Vaccination in Bombay 1889-1901 - 1889-1901
Year: 1889
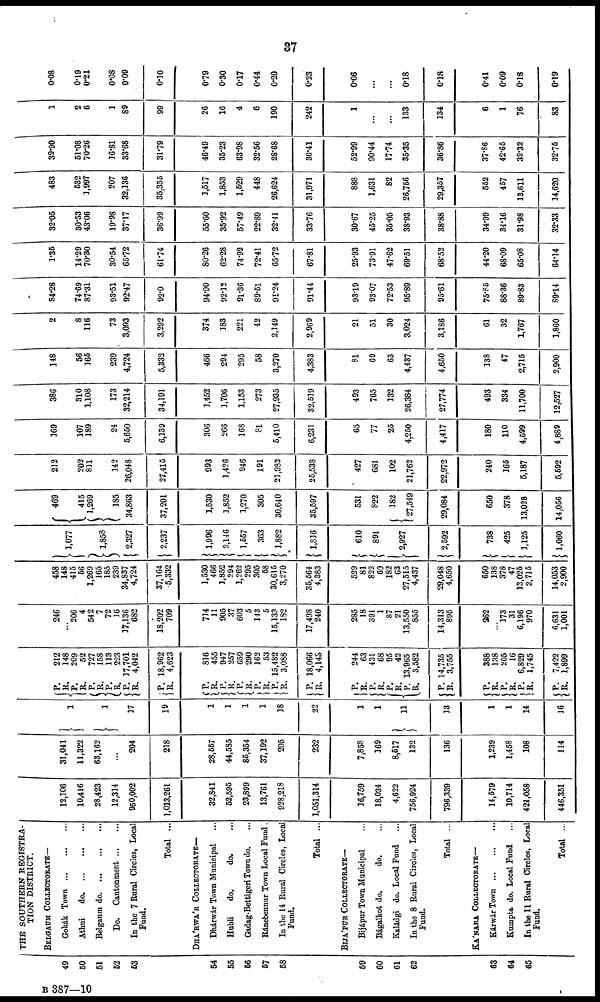
37
49
50
51
62
53
54
55
56
57
58
59
60
61
62
63
64
65
THE SOUTHERN REGISTRA-
TION DISTRICT.
BELGAUM COLLECTORATE—
Gokák Town
...
...
...
Athni
do. ... ... ...
Belgaum
do.
...
...
...
Do. Cantonment ... ...
In the 7 Rural Circles, Local
Fund.
Total ...
DHÁRWÁR COLLECTORATE—
Dhárwár Town Municipal ...
Hubli
do.
do.
Gadag-Bettigeri Town do. ...
Ránebennur Town Local Fund.
In the 14 Rural Circles, Local
Fund.
Total ...
BIJÁPUR COLLECTORATE—
Bijápur Town Municipal ...
Bágalkot do.
do. ...
Kaládgi do. Local Fund ...
In the 8 Rural Circles, Local
Fund.
Total ...
KÁNARÁ COLLECTORATE—
Kárwár Town
...
...
...
Kumpta do. Local Fund ...
In the 11 Rural Circles, Local
Fund.
Total ...
12,106
10,416
28,423
12,314
950,002
1,013,261
32,841
52,595
23,899
13,761
928,218
1,051,314
16,759
18,034
4,622
756,924
796,339
14,579
10,714
421,058
446,351
31,041
11,322
63,162
...
204
218
28,557
44,585
85,354
37,192
205
232
7,858
169
8,517
132
136
1,239
1,458
108
114
1
1
17
19
1
1
1
1
18
22
1
1
11
13
1
1
14
16
P.
R.
P. R.
P.
R.
P.
R. P.
R.
P.
R.
P.
R.
P. R.
P.
R. P.
R. P.
R.
P.
R.
P.
R.
P.
R.
P. R.
P.
R.
P.
R.
P.
R.
P.
R.
P.
R.
P.
R.
212
148
209
52
727
158
113
223
17,701
4,042
18,962
4,623
816
455
947
257
659
290
162
53
15,482
3,088
18,066
4,143
244
63
431
68
95
42
13,965
3,582
14,735
3,755
388
138
205
16
6,829
1,745
7,422
1,899
246
...
206
4
542
7
72
16
17,136
682
18,202
709
714
11
905
37
603
5
143
5
15,133
182
17,498
240
285
18
391
1
87
21
13,550
855
14,313
895
362
...
173
31
6,196
970
6,631
1,001
458
148
415
56
1,269
165
185
239
34,837
4,724
37,164
5,332
1,530
466
1,852
294
1,262
295
305
58
30,615
3,270
35,564
4,383
529
81
822
69
182
63
27,515
4,437
29,048
4,650
650
138
378
47
13,025
2,715
14,053
2,900
1,077
1,858
2,327
2,237
1,996
2,146
1,557
363
1,882
1,816
610
891
2,927
2,592
738
425
1,125
1,060
469
415
1,269
185
34,863
37,201
1,530
1,852
1,270
305
30,640
35,597
531
822
182
27,549
29,084
650
378
13,028
14,056
212
202
811
342
26,048
27,415
993
1,426
946
191
21,982
25,538
427
681
102
21,762
22,972
240
165
5,187
5,592
169
107
189
24
5,650
6,139
306
266
168
81
5,410
6,231
65
77
25
4,250
4,417
180
110
4,599
4,889
386
310
1,108
173
32,214
34,191
1,452
3,706
1,153
273
27,935
32,539
493
765
132
26,384
27,774
493
334
11,700
12,527
148
56
165
239
4,724
5,332
466
294
295
58
3,270
4,383
81
69
63
4,437
4,650
138
47
2,715
2,900
2
8
116
73
3,093
3,292
374
183
221
42
2,349
2,969
21
51
30
3,024
3,186
61
32
1,767
1,860
84.28
74.69
87.31
93.51
92.47
92.0
94.90
92.12
91.36
89.51
91.24
91.44
93.19
93.07
72.53
95.89
95.61
75.85
88.36
89.83
89.14
1.35
14.29
70.80
30.54
65.72
61.74
80.26
62.28
74.92
72.41
65.72
67.81
25.93
73.91
47.62
69.51
68.52
44.20
68.09
65.08
64.14
32.05
30.53
43.06
19.98
37.17
36.99
55.60
35.92
57.49
22.89
32.41
33.76
30.67
45.25
35.05
38.93
38.88
34.99
34.16
31.98
32.33
483
532
1,997
207
32,136
35,355
3,517
1,853
1,529
448
26,624
31,971
888
1,631
82
26,756
29,367
552
457
13,611
14,620
39.90
51.08
70.26
16.81
33.68
31.79
46.49
35.23
63.98
32.56
28.68
30.41
52.99
90.44
17.74
35.35
36.86
37.86
42.65
32.32
32.75
1
2
6
1
89
99
26
16
4
6
190
242
1
...
...
133
134
6
1
76
83
0.08
0.19
0.21
0.08
0.09
0.10
0.79
0.30
0.17
0.44
0.20
0.23
0.06
...
...
0.18
0.18
0.41
0.09
0.18
0.19
B 387—10